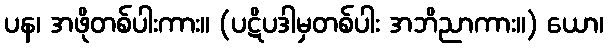
ပန၊ အဖိုတစ်ပါးကား။ (ပဋိပဒါမှတစ်ပါး အဘိညာကား။) ယော၊